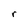
Character: r